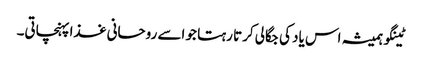
ٹینگو ہمیشہ اس یاد کی جگالی کرتا رہتا جو اسے روحانی غذا پہنچاتی۔